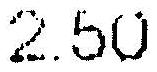
2.50